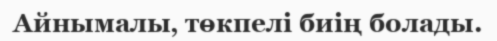
Айнымалы‚ төкпелі биің болады.